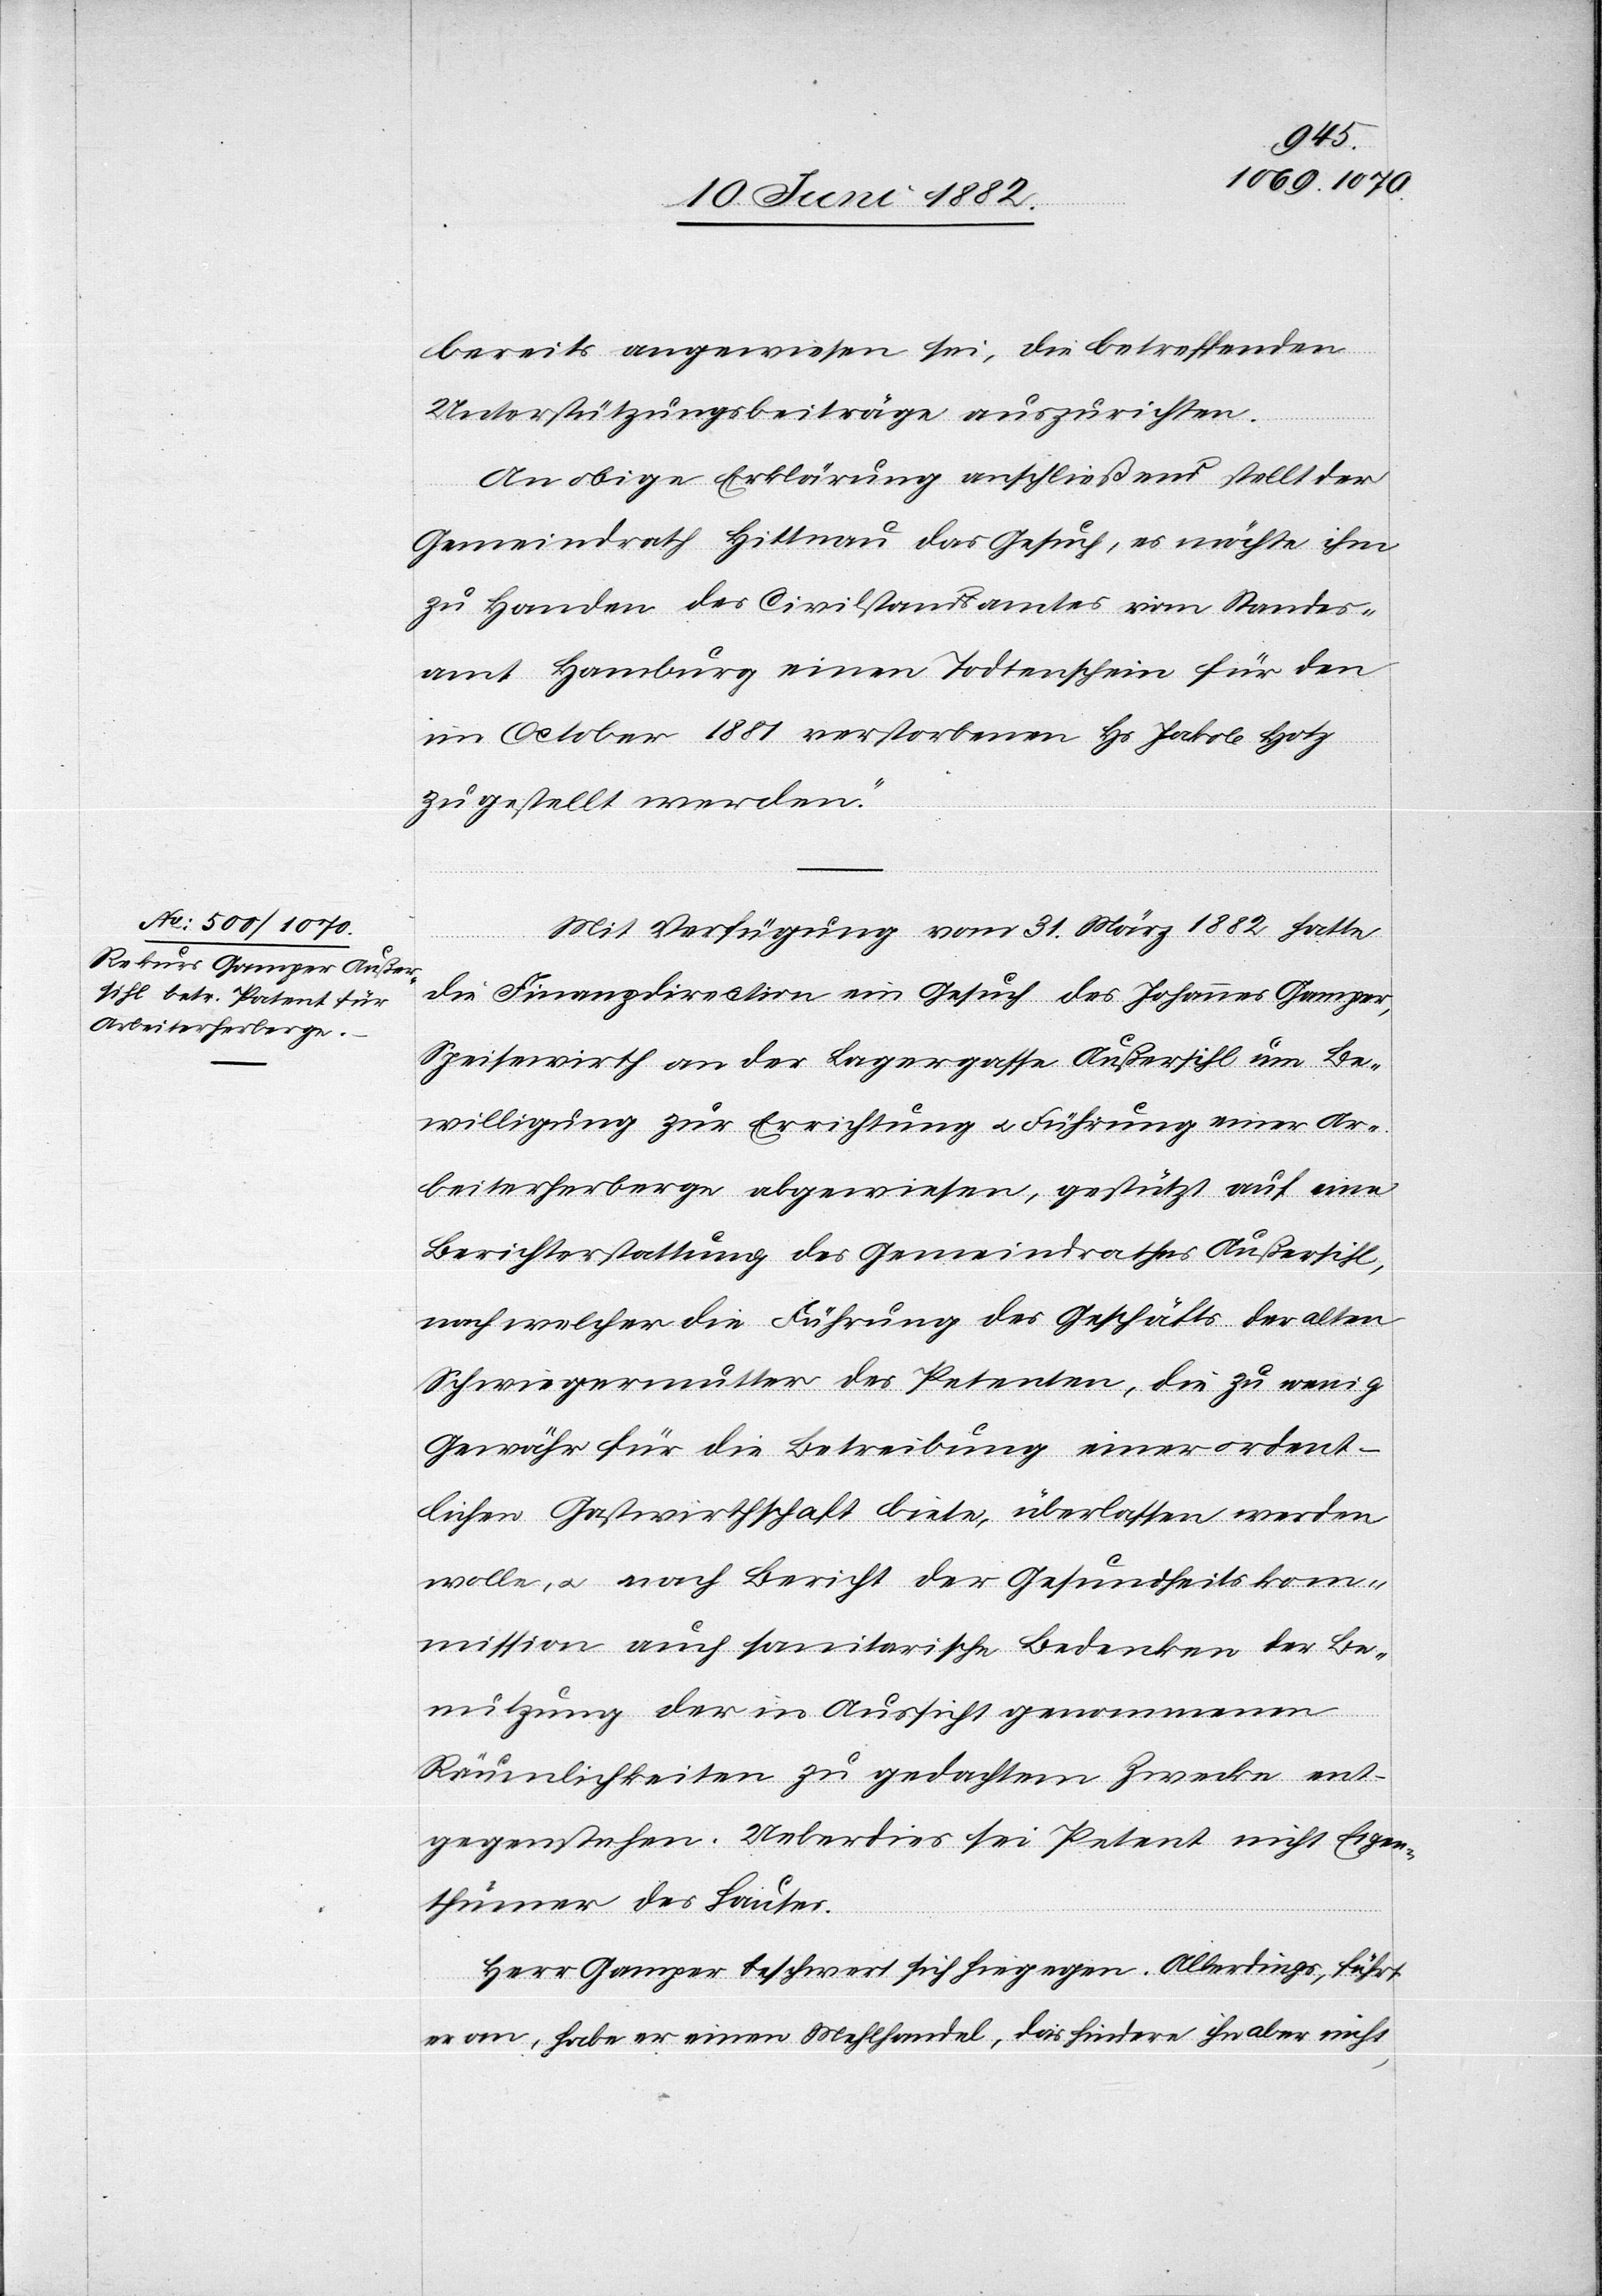
bereits angewiesen sei, die betreffenden
Unterstützungsbeiträge auszurichten.
An obige Erklärung anschließend stellt der
Gemeindrath Hittnau das Gesuch, es möchte ihm
zu Handen des Civilstandsamtes vom Standes¬
amt Hamburg einen [recte: ein] Todtenschein für den
im October 1881 verstorbenen Hs. Jakob Hotz
zugestellt werden.“
Mit Verfügung vom 31. März 1882 hatte
die Finanzdirection ein Gesuch des Johannes Gamper,
Speisewirth an der Lagergasse [-] Außersihl um Be¬
willigung zur Errichtung u. Führung einer Ar¬
beiterherberge abgewiesen, gestützt auf eine
Berichterstattung des Gemeindrathes Außersihl,
nach welcher die Führung des Geschäfts der alten
Schwiegermutter des Petenten, die zu wenig
Gewähr für die Betreibung einer ordent¬
lichen Gastwirthschaft biete, überlassen werden
wolle, u. nach Bericht der Gesundheitskom¬
mission auch sanitarische Bedenken der Be¬
nutzung der in Aussicht genommenen
Räumlichkeiten zu gedachtem Zwecke ent¬
gegenstehen. Ueberdies sei Petent nicht Eigen¬
thümer des Hauses.
Herr Gamper beschwert sich hiegegen. Allerdings, führt
an, habe er einen Mehlhandel, das hindere ihn aber nicht,